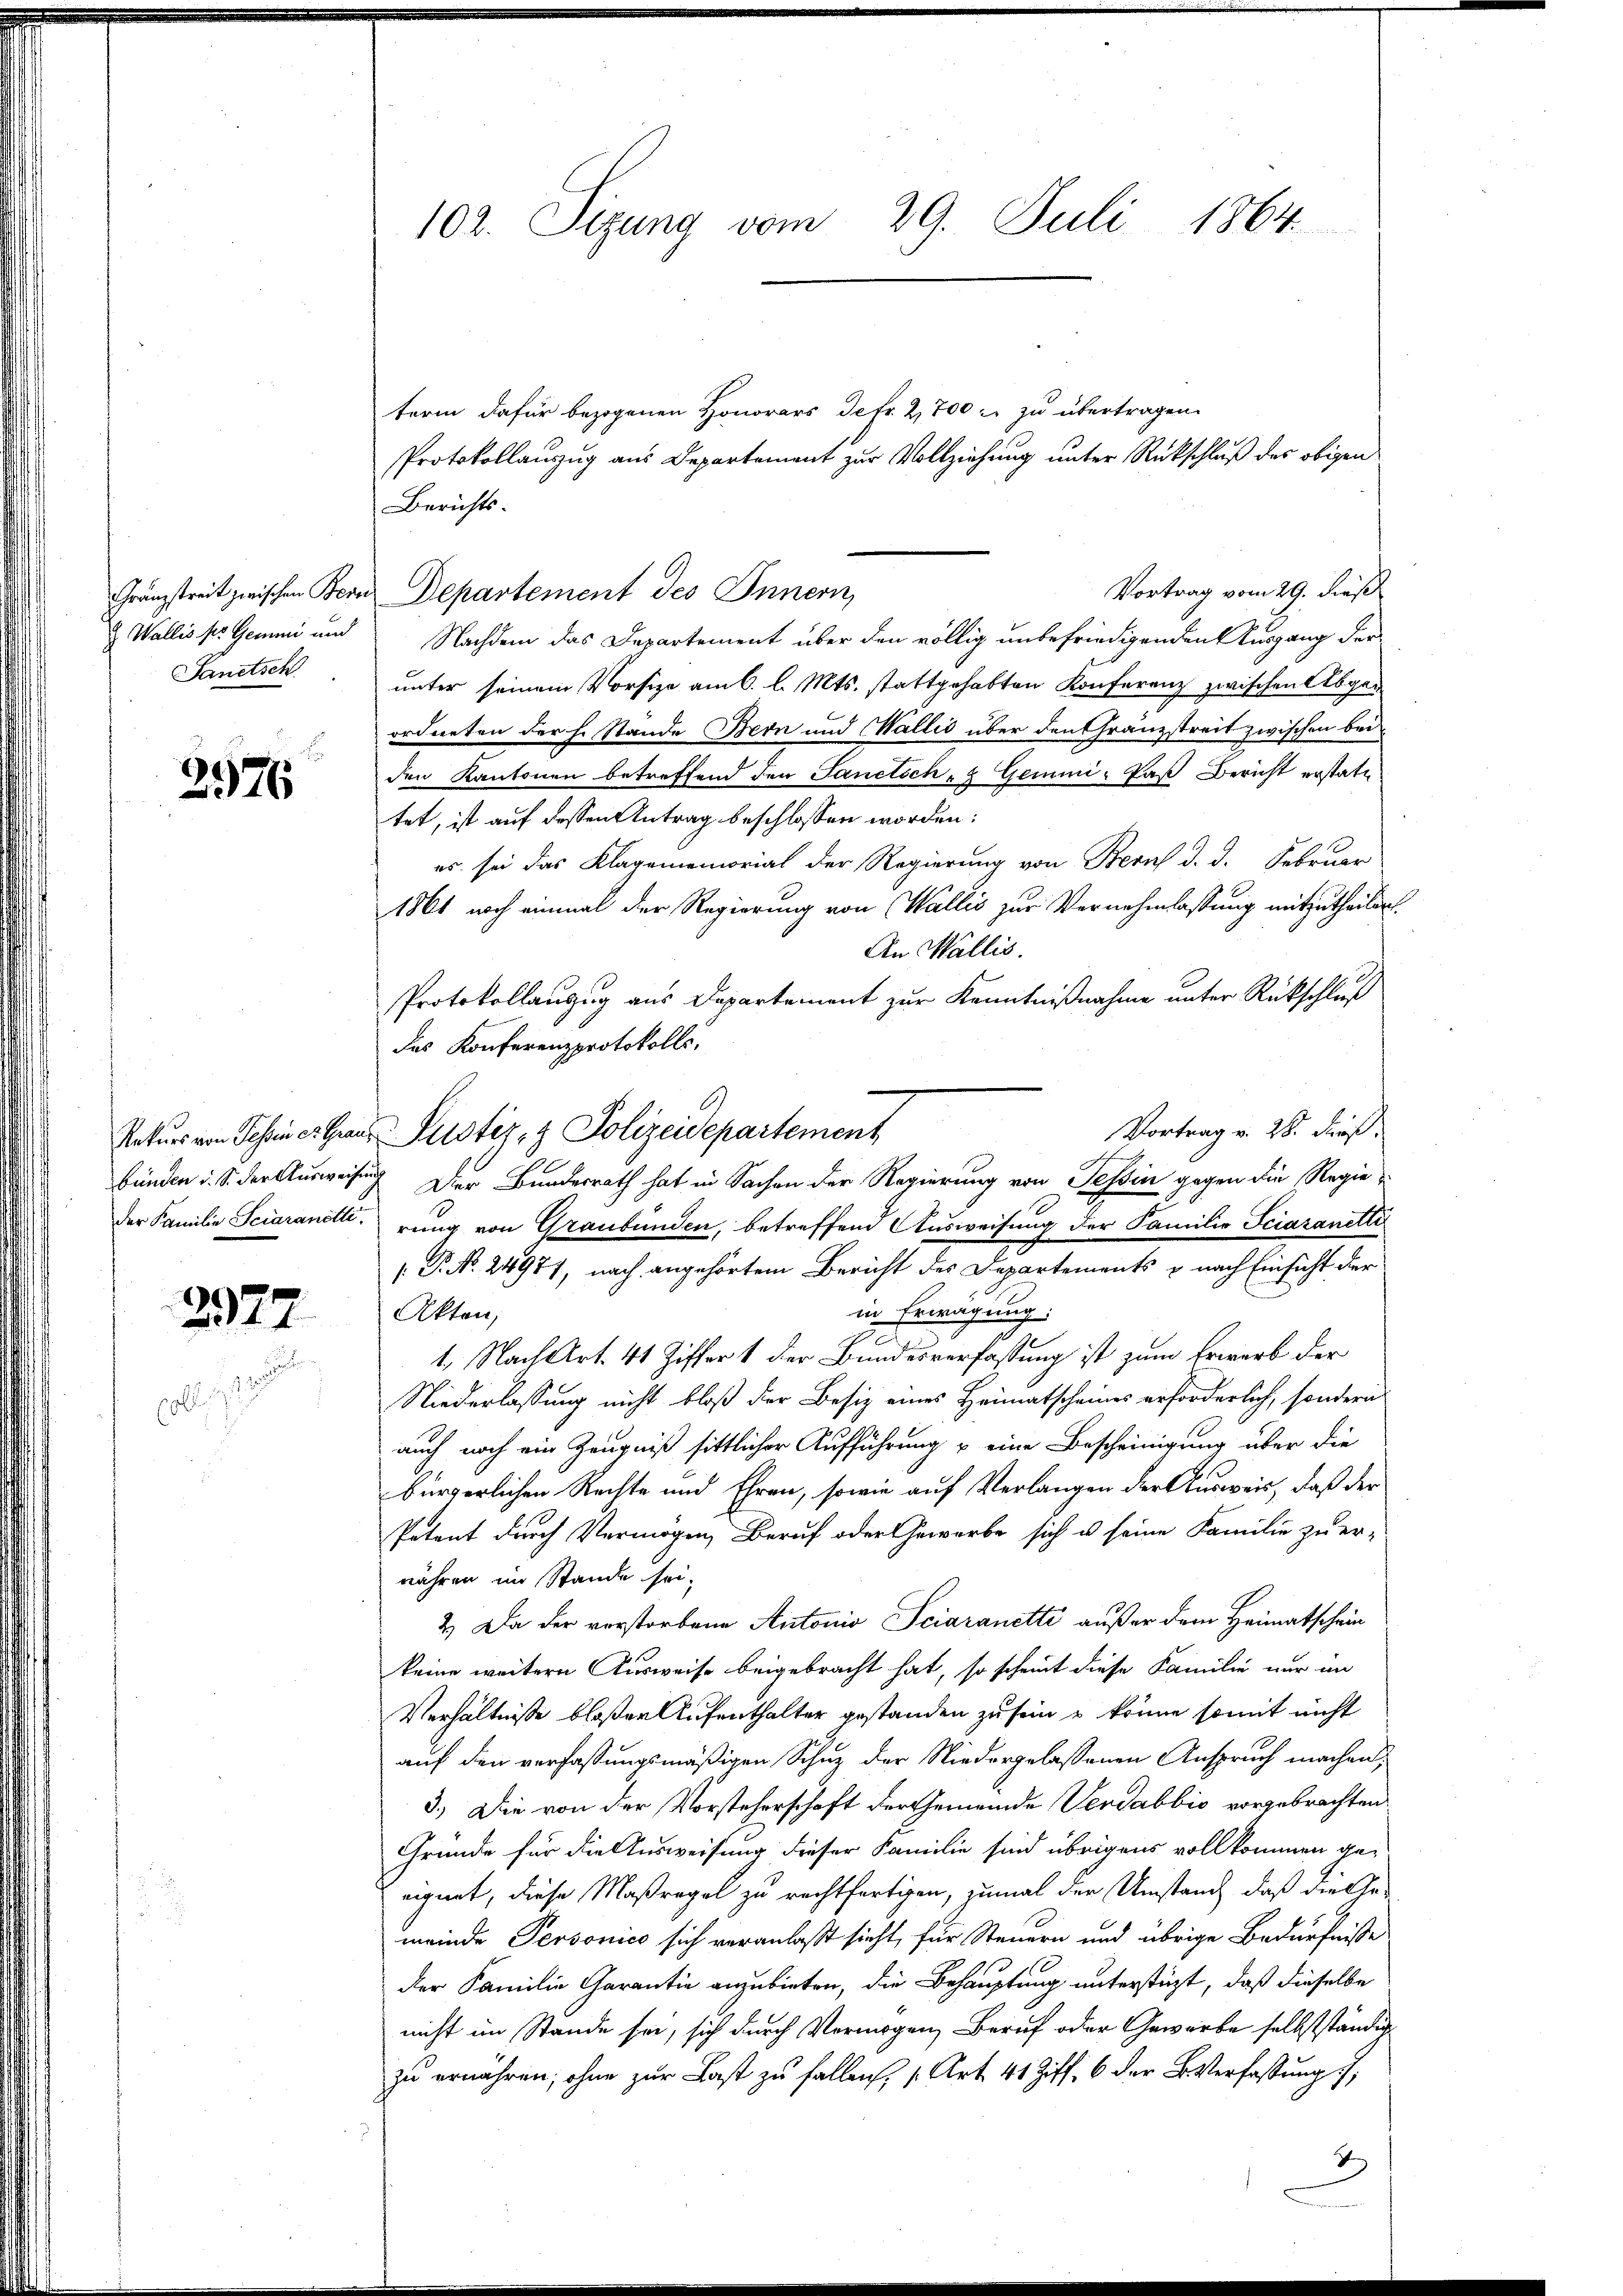
Gränzstreit zwischen Bern
Wallis pr. Gemmi und
Sanitsch

olle

2976

2977.

102. Sizung vom 29. Juli 1864

term dafür bezogenen Honorars de fr. 2,700 r. zu übertragen.
Protokollauszug aus Departement zur Vollziehung unter Rückschluß des obigen
Berichts-
Vortrag vom 29. dieß
u Departement des Innern,
Nachdem das Departement über den völlig unbefriedigenden Ausgang der
unter seinem Vorsitze am 6. l. Mts. stattgehabten Konferenz zwischen Abged
ordneten der H. Stande Bern und Wallis über den Granzstreit zwischen beiden Kantonen betreffend den Sanitsch- & Gemini-Pas Bericht erstatt
tet, ist auf dessen Antrag beschlossen worden:
es sei das Klagenemorial der Regierung von Bern d. d. Februar
1861 noch einmal der Regierung von Wallis zur Vernehmlassung mitzutheilen.
An Wallis.
Protokollanzug aus Departement zur Kenntnißnahme unter Rückschluß
das Konferenzprotokolls.
Vortrag v. 28. Fuß.
Rekurs von Tessiner Graus Justiz- & Polizeidepartement
bünden d. S. der Ausweisung. Der Bundesrath hat in Sachen der Regierung von Tessin gegen die Regieder Familie Sciaranderung von Graubünden, betreffend Ausweisung der Familie Sciazanetti
[ P. No. 24977, nach angehörtem Bericht des Departements u nach Einsicht der
in Erwägung:
Akten,
1. Nach Art. 41 Ziffer 1 der Bundesverfassung ist zum Erwarb der
Niederlassung nicht bloß der Besiz eines Heimatscheines erforderlich, sondern
auch noch ein Zeugniß sittlicher Aufführung u eine Bescheinigung über die
bürgerlichen Rechte und Ehren, sowie auf Verlangen der Ausweis, daß der
Petent durch Vermögen, Beruf oder Gewerbe sich u. seine Familie zu er-
währen im Stande sei.
2.) Da der verstorbene Antonio Sciaranette außer dem Heimatschein
keine weitern Ausweise beigebracht hat, so scheint diese Familie nur im
Verhältnisse bloßer Aufenthalter gestanden zu sein u könne somit nicht
auf den verfassungsmäßigen Schuz der Niedergelassenen Anspruch machen,
3.) Die von der Vorsteherschaft der Gemeinde Verdabbio vorgebrachten
Gründe für die Ausweisung dieser Familie sind übrigens vollkommen ge-
eignet, diese Maßregel zu rechtfertigen, zumal der Umstand, daß die Gemeinde Personico sich veranlaßt sicht, für Steuern und übrige Bedürfniße
der Familie Garantie anzubieten, die Behauptung unterstüzt, daß dieselbe
nicht im Stande sei, sich durch Vermögen, Beruf oder Gewerbe selbstständig
zu ernähren, ohne zur Last zu fallen, s. Art. 41 Ziff. 6 der B. Verfassung
t